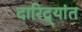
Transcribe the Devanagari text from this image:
दारिद्र्यांत